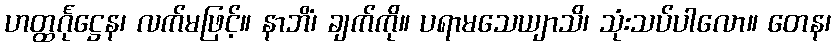
ဟတ္ထင်္ဂုဋ္ဌေန၊ လက်မဖြင့်။ နာဘိံ၊ ချက်ကို။ ပရာမသေယျာသိ၊ သုံးသပ်ပါလော။ တေန၊